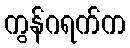
ကွန်ဂရက်က